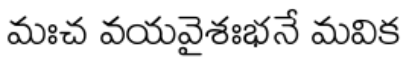
మఃచ వయవైశఃభనే మవిక